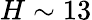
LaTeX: H\sim 13